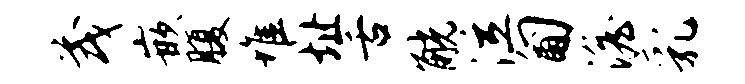
茂嵌腹堆址舌觥泣匍澹乳